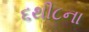
૬થી૮ના